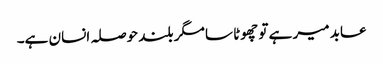
عابد میر ہے تو چھوٹا سا مگر بلند حوصلہ انسان ہے۔